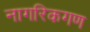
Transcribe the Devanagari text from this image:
नागरिकगण